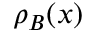
\rho _ { B } ( { \boldsymbol { x } } )